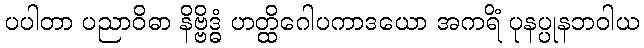
ပပါတာ ပညာဝိဓာ နိဗ္ဗိဒ္ဓံ ဟတ္ထိဂေါပကာဒယော အကရိံ ပုနပ္ပုနဘဝါယ